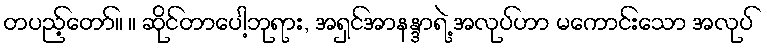
တပည့်တော်။ ။ ဆိုင်တာပေါ့ဘုရား, အရှင်အာနန္ဒာရဲ့ အလုပ်ဟာ မကောင်းသော အလုပ်